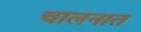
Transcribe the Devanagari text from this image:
चालनात